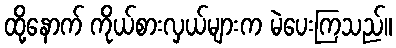
ထို့နောက် ကိုယ်စားလှယ်များက မဲပေးကြသည်။